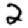
Digit: 2